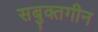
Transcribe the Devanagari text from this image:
सबुक्तगीन